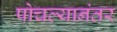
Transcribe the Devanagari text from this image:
पोचल्यानंतर